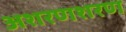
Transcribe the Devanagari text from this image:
अशरणशरण